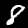
Digit: 8